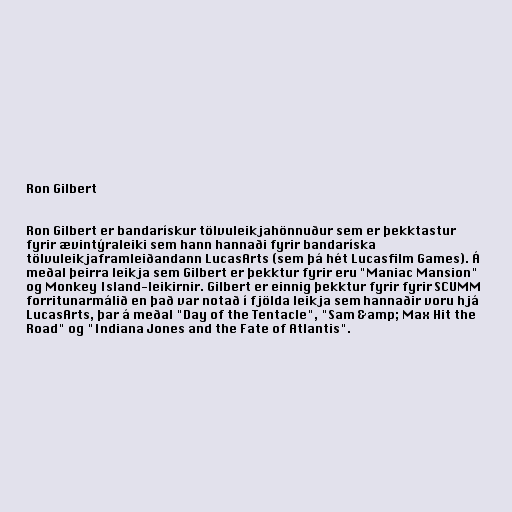
Ron Gilbert

Ron Gilbert er bandarískur tölvuleikjahönnuður sem er þekktastur
fyrir ævintýraleiki sem hann hannaði fyrir bandaríska
tölvuleikjaframleiðandann LucasArts (sem þá hét Lucasfilm Games). Á
meðal þeirra leikja sem Gilbert er þekktur fyrir eru "Maniac Mansion"
og Monkey Island-leikirnir. Gilbert er einnig þekktur fyrir fyrir SCUMM
forritunarmálið en það var notað í fjölda leikja sem hannaðir voru hjá
LucasArts, þar á meðal "Day of the Tentacle", "Sam &amp; Max Hit the
Road" og "Indiana Jones and the Fate of Atlantis".